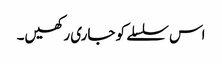
اس سلسلے کو جاری رکھیں۔